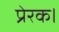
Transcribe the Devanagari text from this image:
प्रेरक।